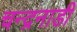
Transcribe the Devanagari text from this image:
चन्द्रनाडी